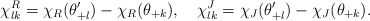
\begin{align*}\chi^{R}_{lk}=\chi_{R}(\theta'_{+l})-\chi_{R}(\theta_{+k}),\quad\chi^{J}_{lk}=\chi_{J}(\theta'_{+l})-\chi_{J}(\theta_{+k}).\end{align*}